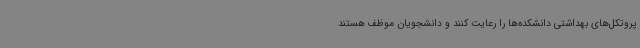
پروتکل‌های بهداشتی دانشکده‌ها را رعایت کنند و دانشجویان موظف هستند